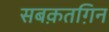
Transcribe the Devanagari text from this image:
सबक़तग़िन